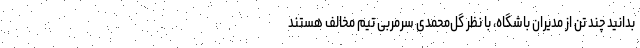
بدانید چند تن از مدیران باشگاه، با نظر گل‌محمدی سرمربی تیم مخالف هستند